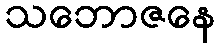
သဘောဇနေ